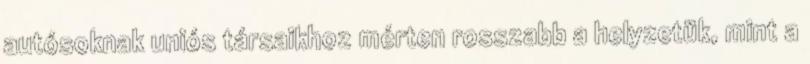
autósoknak uniós társaikhoz mérten rosszabb a helyzetük, mint a